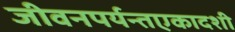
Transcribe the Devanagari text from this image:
जीवनपर्यन्तएकादशी